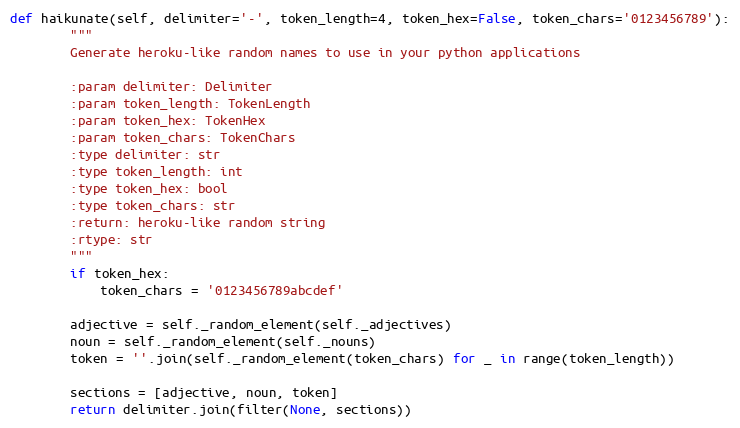
Language: Python
def haikunate(self, delimiter='-', token_length=4, token_hex=False, token_chars='0123456789'):
        """
        Generate heroku-like random names to use in your python applications

        :param delimiter: Delimiter
        :param token_length: TokenLength
        :param token_hex: TokenHex
        :param token_chars: TokenChars
        :type delimiter: str
        :type token_length: int
        :type token_hex: bool
        :type token_chars: str
        :return: heroku-like random string
        :rtype: str
        """
        if token_hex:
            token_chars = '0123456789abcdef'

        adjective = self._random_element(self._adjectives)
        noun = self._random_element(self._nouns)
        token = ''.join(self._random_element(token_chars) for _ in range(token_length))

        sections = [adjective, noun, token]
        return delimiter.join(filter(None, sections))